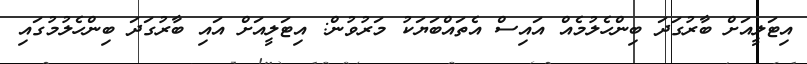
އިޓަލީއަށް ބާރުގަދަ ބިންހެލުމެއް އައިސް އެތައްބަޔަކު މަރުވުން: އިޓަލީއަށް އައި ބާރުގަދަ ބިންހެލުމުގައި